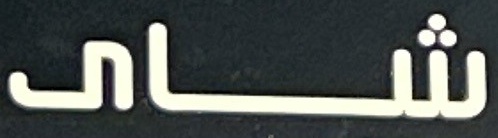
شای